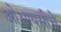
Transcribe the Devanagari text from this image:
ओआयसीचे